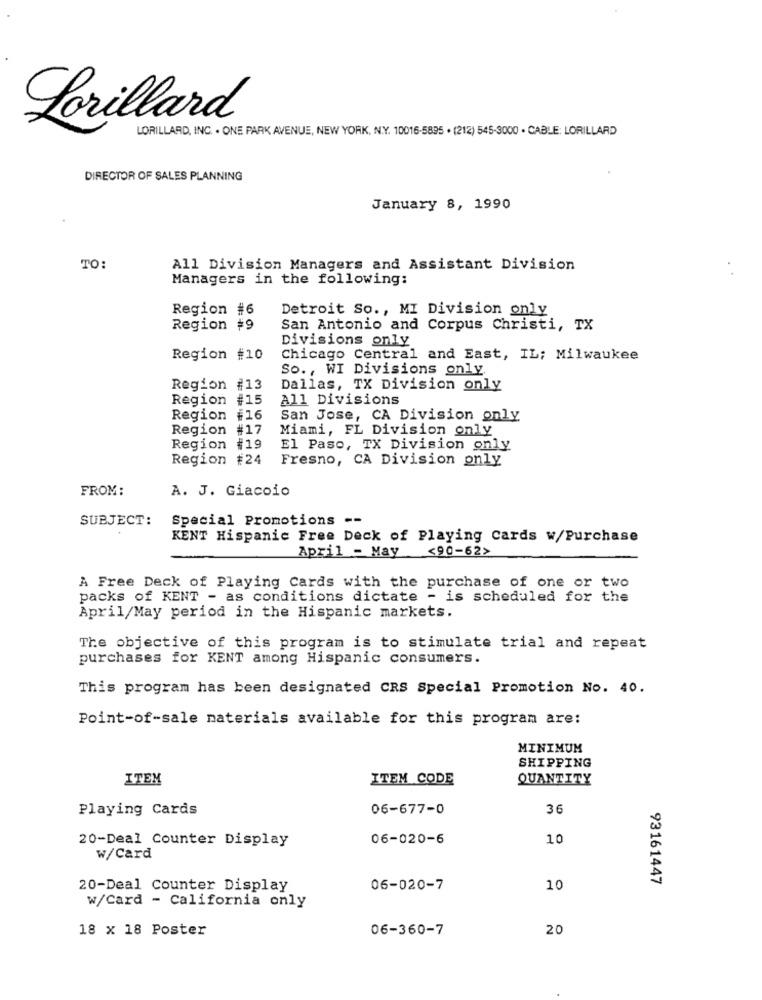
Lorillard
LORILLARD, INC. . ONE PARK AVENUE, NEW YORK, N.Y. 10016-5895 . (212) 545-3000 . CABLE: LORILLARD
DIRECTOR OF SALES PLANNING
January 8, 1990
TO:
All Division Managers and Assistant Division
Managers in the following:
Region #6
Detroit So ., MI Division only
Region #9
San Antonio and Corpus Christi, TX
Divisions only
Region #10
Chicago Central and East, IL; Milwaukee
So ., WI Divisions only
Region #13
Dallas, TX Division only
Region
#15
All Divisions
Region #16
San Jose, CA Division only
Region #17
Miami, FL Division only
Region #19
El Paso, TX Division only
Region #24
Fresno, CA Division only
FROM:
A. J. Giacoio
SUBJECT:
Special Promotions --
KENT Hispanic Free Deck of Playing Cards w/Purchase
<90-62>
April - May
A Free Deck of Playing Cards with the purchase of one or two
packs of KENT - as conditions dictate - is scheduled for the
April/May period in the Hispanic markets.
The objective of this program is to stimulate trial and repeat
purchases for KENT among Hispanic consumers.
This program has been designated CRS Special Promotion No. 40.
Point-of-sale materials available for this program are:
MINIMUM
SHIPPING
ITEM
ITEM CODE
QUANTITY
Playing Cards
06-677-0
36
20-Deal Counter Display
06-020-6
10
w/Card
93161447
20-Deal Counter Display
06-020-7
10
w/Card - California only
18 x 18 Poster
06-360-7
20